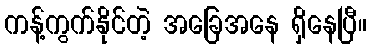
ကန့်ကွက်နိုင်တဲ့ အခြေအနေ ရှိနေပြီ။